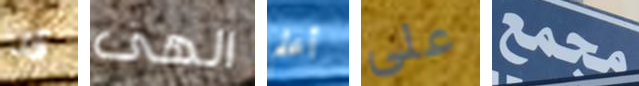
قد الهى أعلم على مجمع